Calcutta medical institutions reports 1879-81 [i.e.91]
Year: 1879
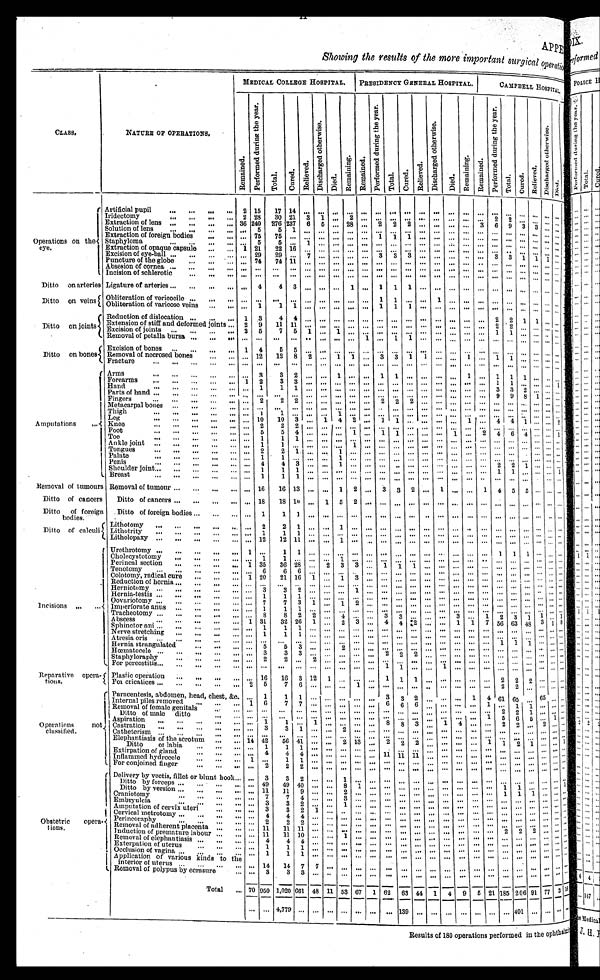
APPE
Showing the results of the more important surgical operatio
CLASS.
NATURE OF OPERATIONS.
MEDICAL COLLEGE HOSPITAL.
PRESIDENCY GENERAL HOSPITAL.
CAMPBELL HOSPITAL.
R e ma i n e d .
P e r f o r m e d d u r i n g t h e y e a r .
T o t a l . Cu r e d .
Rel i eved.
D i s c h a r g e d o t h e r w i s e .
Died. Remai ni ng. Remai ned.
P e r f o r m d d u r i n g t h e y e a r .
Total.
Cured.
Re l i e v e d .
D i s c h a r g e d o t h e r w i s e .
Di ed.
Remai ni ng. Remai ned.
P e r f o r m e d d u r i n g t h e y e a r .
Total . Cured.
R e l i e v e d .
D i s c h a r g e d o t h e r w i s e .
Died.
O p e r a t i o n s o n t h e e y e .
Artificial pupil
2
1 5
1 7
1 4
. . .
. . .
. . .
. . . . . .
. . .
. . .
. . .
. . .
. . .
. . .
. . .
. . .
. . .
. . . . . . . . . . . .
. . .
Iridectomy
2
2 8
3 0
2 1
3
1
. . .
2 . . .
. . .
. . .
. . .
. . .
. . .
. . .
. . .
. . .
2
2 . . . . . . . . .
. . .
Extraction of lens
3 6
2 4 0
2 7 6
2 3 7
6
5
. . .
2 8 . . .
2
2
2
. . .
. . .
. . .
. . .
3
6
9 3
3 . . .
. . .
Solution of lens
. . .
5
5
1
. . .
. . . . . .
. . . . . .
. . .
. . .
. . .
. . .
. . .
. . .
. . .
. . . . . .
. . . . . . . . . . . . . . .
Extraction of foreign bodies
. . .
7 5
7 5 . . .
. . .
. . . . . .
. . . . . .
1
1
1
. . .
. . .
. . .
. . .
. . . . . .
. . . . . . . . . . . . . . .
Staphyloma
. . .
5
5
. . .
1
. . . . . .
. . . . . .
. . .
. . .
. . .
. . .
. . .
. . .
. . .
. . . . . .
. . . . . . . . . . . . . . .
Extraction of opaque capsule
1
2 1
2 2 1 6
. . . . . .
. . .
. . . . . .
. . .
. . .
. . .
. . .
. . .
. . .
. . .
. . .
. . .
. . . . . . . . . . . .
. . .
Excision of eye-ball
. . .
2 9
2 9 . . .
7
. . .
. . .
. . . . . .
3
3
3
. . .
. . .
. . .
. . .
. . .
3
3 1
1 1
. . .
Puncture of the globe
. . .
7 4
7 4 1 1
. . .
. . . . . .
. . . . . .
. . .
. . .
. . .
. . .
. . .
. . .
. . .
. . . . . .
. . . . . . . . . . . . . . .
Absesion of cornea
. . .
. . .
. . .
. . .
. . . . . .
. . .
. . . . . .
. . .
. . .
. . .
. . .
. . .
. . .
. . .
. . .
. . .
. . . . . . . . . . . . . . .
Incision of schlerotic
. . .
. . .
. . . . . .
. . .
. . . . . .
. . . . . .
. . .
. . .
. . .
. . .
. . .
. . .
. . .
. . . . . .
. . . . . . . . . . . . . . .
Ditto on arteries Ligature of arteries
. . .
4
4
3
. . .
. . . . . .
1 . . .
1
1
1
. . .
. . .
. . .
. . .
. . . . . .
. . . . . . . . . . . . . . .
Ditto on veins Obliteration of vericocile
. . .
. . .
. . . . . .
. . .
. . . . . .
. . . . . . 1
1
. . .
. . .
1
. . .
. . .
. . . . . .
. . . . . . . . . . . . . . .
Obliteration of varicose veins
. . .
1
1
1
. . .
. . . . . .
. . . . . .
1
1
1
. . .
. . .
. . .
. . .
. . . . . .
. . . . . . . . . . . . . . .
Ditto on joints
Reduction of dislocation
1
3
4
4
. . .
. . . . . .
. . . . . .
. . .
. . .
. . .
. . . . . .
. . .
. . .
. . . 2
2 1 1
. . . . . .
Extensionof stiff and deformed joints
2
9
1 1 1 1
. . .
. . . . . .
. . . . . .
. . .
. . .
. . .
. . .
. . .
. . .
. . .
. . . 2
2 . . . . . . . . . . . .
Excision of joints
2
5
7
5
1
. . . 1
. . . . . .
. . .
. . .
. . .
. . .
. . .
. . .
. . .
. . . 1
1 . . . . . . . . . . . .
Removal of petalla bursa
. . .
. . .
. . .
. . .
. . .
. . . . . .
. . . 1
. . .
1 1
. . .
. . . . . .
. . .
. . . . . .
. . . . . . . . . . . . . . .
Ditto on bones
Excision of bones
1
4
5
5
. . .
. . . . . .
. . . . . .
. . .
. . .
. . .
. . .
. . .
. . .
. . .
. . . . . .
. . . . . . . . . . . . . . .
Removal of necrosed bones
. . .
1 2
1 2 8 2
. . . 1
1 . . . 3
3 1
1
. . .
. . .
1
. . . 1
1 . . . . . . . . .
. . .
Fracture
. . .
. . .
. . . . . . . . .
. . . . . .
. . . . . .
. . .
. . .
. . .
. . .
. . .
. . .
. . .
. . . . . .
. . . . . . . . . . . . . . .
Amputations
Arms
. . .
3
3
2
. . .
. . . 1
. . . . . . 1
1
. . .
. . . . . .
. . .
1
. . . 1 1
1
. . . . . . . . .
.Forearms
1
2
3
3
. . .
. . . . . .
. . . . . .
. . .
. . .
. . .
. . .
. . .
. . .
. . .
. . . 1
1 . . . . . . . . . 1
Hand
. . .
1
1
1
. . .
. . . . . .
. . . . . .
. . .
. . .
. . .
. . .
. . .
. . .
. . .
. . . 3
3 2
. . . . . .
. . .
Parts of hand
. . .
. . .
. . . . . .
. . .
. . . . . .
. . . . . .
. . .
. . .
. . .
. . .
. . .
. . .
. . .
. . . 9
9 8
1 . . . . . .
Fingers
. . .
2
2
2
. . .
. . . . . .
. . . . . .
2
2
2
. . .
. . .
. . .
. . .
. . . . . .
. . . . . . . . . . . . . . .
M e t a c a r p a l b o n e s
. . .
. . .
. . . . . .
. . .
. . . . . .
. . . . . .
. . .
. . .
. . .
. . .
. . .
. . .
. . .
. . . . . .
. . . . . . . . . . . . . . .
Thi gh
. . .
1
1
. . .
. . .
. . . 1
. . . . . .
. . .
. . .
. . .
. . .
. . .
. . .
. . .
. . . . . .
. . . . . .
. . . . . .
. . .
L e g
. . .
1 0
1 0 3
. . .
1 4
2 . . .
1
1
. . .
. . .
. . .
. . .
1
. . . 4 4
1
. . . . . .
2
knee
. . .
2
2 2
. . .
. . . . . . . . .
. . .
. . .
. . .
. . .
. . .
. . .
. . .
. . .
. . . . . .
. . . . . .
. . . . . .
. . .
F o o t
. . . 5 5
4 . . .
. . . . . . 1
. . .
1
1
. . .
. . .
. . .
1
. . .
2
4
6 4
. . . . . . 1
T o e
. . . 1 1
1 . . .
. . . . . . . . .
. . .
. . .
. . .
. . .
. . .
. . .
. . .
. . .
. . . . . .
. . . . . .
. . . . . . . . .
Ankle joint
. . . 1 1
. . .
. . .
. . . . . . 1
. . .
. . .
. . .
. . .
. . .
. . .
. . .
. . .
. . . . . . . . . . . .
. . . . . . . . .
Tongues
. . . 2 2
1
. . .
. . .
1 . . .
. . .
. . .
. . .
. . .
. . .
. . .
. . .
. . .
. . . . . . . . . . . .
. . . . . . . . .
Pal ate
. . . 1 1
. . . . . .
. . . 1 . . .
. . .
. . .
. . .
. . .
. . . . . .
. . .
. . . . . .
. . . . . . . . .
. . . . . .
. . .
Penis
. . . 4
4
3
. . .
. . . 1
. . . . . . . . .
. . .
. . .
. . .
. . .
. . .
. . . . . .
2
2 1 . . . . . .
. . .
Shoulder joint
. . . 1 1
1 . . .
. . . . . .
. . . . . .
. . . . . .
. . .
. . .
. . .
. . .
. . .
. . . 1
1 . . .
. . . . . . 1
Breast
. . . 1
1
1
. . .
. . . . . .
. . . . . .
. . . . . .
. . .
. . .
. . .
. . . . . .
. . .
. . . . . . . . .
. . .
. . .
. . .
Removal of tumours
Removal of tumour
. . .
1 6
1 6 1 3
. . .
. . . 1
2
. . .
3
3 2
. . .
1
. . . . . .
1 4
5 5
. . . . . .
. . .
Ditto of cancers
Ditto of cancers
. . .
1 8
1 8 1 0 . . .
1 5
2
. . .
. . .
. . .
. . .
. . .
. . .
. . . . . .
. . . . . .
. . . . . .
. . . . . .
. . .
Ditto of foreign bodies.
Ditto of foreign bodies
. . .
1
1
1 . . .
. . . . . .
. . .
. . .
. . .
. . .
. . .
. . .
. . .
. . . . . .
. . . . . .
. . . . . .
. . . . . . . . .
Ditto of calculi
Lithotomy
. . . 2
2
1 . . .
. . . 1
. . .
. . .
. . .
. . .
. . .
. . .
. . .
. . . . . .
. . . . . .
. . . . . .
. . . . . . . . .
Li thotri ty
. . . 1
1
1
. . .
. . . . . .
. . .
. . .
. . .
. . .
. . .
. . .
. . .
. . . . . .
. . . . . .
. . . . . .
. . . . . . . . .
Litholopaxy
. . .
1 2
1 2 1 1 . . .
. . . 1
. . .
. . . . . .
. . .
. . .
. . .
. . .
. . . . . .
. . . . . . . . . . . .
. . . . . .
. . .
Incisions
Urethrotomy
1
. . .
1
1 . . .
. . . . . .
. . .
. . .
. . .
. . .
. . .
. . .
. . .
. . . . . .
. . . 1
1 1
. . . . . .
. . .
Cholecystotomy
. . . 1
1
. . . . . .
. . . 1
. . .
. . .
. . .
. . .
. . .
. . .
. . .
. . . . . .
. . . . . .
. . . . . .
. . . . . .
. . .
Perineal section
1
3 5 3 6
2 8 . . .
2
3
3
. . .
1
1
1
. . .
. . . . . .
. . .
. . .
. . . . . .
. . . . . . . . .
. . .
Tenot omy
. . . 6
6
6 . . .
. . . . . . . . .
. . .
. . .
. . .
. . .
. . .
. . .
. . . . . .
. . . . . .
. . . . . . . . . . . .
. . .
Colotomy, radical cure
1
2 0 2 1
1 6 1
. . .
1 3
. . .
. . .
. . .
. . .
. . .
. . .
. . . . . .
. . . . . .
. . . . . . . . . . . .
. . .
Reduction of hernia
. . . . . .
. . . . . . . . .
. . .
. . . . . .
. . .
. . .
. . .
. . .
. . .
. . .
. . . . . .
. . . . . .
. . .
. . .
. . . . . . . . .
Herniotomy
. . .
3 3
2 . . .
. . . . . . 1
. . .
. . .
. . . . . .
. . .
. . . . . .
. . .
. . . . . .
. . .
. . .
. . . . . .
. . .
Hernia-testis
. . . 1
1
1 . . .
. . . . . . . . .
. . .
. . .
. . .
. . .
. . .
. . .
. . . . . .
. . . . . .
. . . . . . . . . . . .
. . .
Oovariotomy
. . . 7
7
3 1
. . .
1 2
. . .
. . .
. . . . . .
. . .
. . .
. . . . . .
. . . . . .
. . .
. . .
. . . . . .
. . .
Imperforate anus
. . . 1 1
1
. . .
. . . . . . . . .
. . .
. . .
. . .
. . .
. . .
. . .
. . . . . .
. . . . . .
. . . . . . . . . . . .
. . .
Tracheotomy
. . . 8
8
2
2
. . .
4
. . .
. . .
3
3
. . .
. . .
. . . 3
. . .
1
2 3
1
1 . . .
1
A b s c e s s
1 3 1
3 2
2 6
1
. . .
2
3
. . .
4
4
2
. . .
. . . 1
1
7
5 6
6 3
4 8 3 1
8
Sphinctor ani
. . .
1
1
1
. . .
. . . . . .
. . . . . .
. . .
. . .
. . .
. . .
. . . . . .
. . .
. . .
. . .
. . .
. . .
. . . . . .
. . .
Nerve stretching
. . . 1
1
1 . . .
. . . . . .
. . . . . .
. . .
. . .
. . .
. . .
. . .
. . . . . .
. . . . . .
. . . . . . . . . . . .
. . .
Atresia oris
. . . . . .
. . . . . . . . .
. . . . . .
. . . . . .
. . .
. . .
. . .
. . .
. . .
. . . . . .
. . . 1
1 1
. . . . . .
. . .
Hernia strangulated
. . . 5
5
3 . . .
. . . 2
. . . . . .
. . .
. . .
. . .
. . .
. . .
. . . . . .
. . . . . . . . .
. . . . . . . . .
. . .
Hœmatocele
. . . 3
3
3
. . .
. . .
. . .
. . .
. . .
2
2
2
. . .
. . .
. . . . . .
. . . . . .
. . . . . . . . . . . .
. . .
Staphyloraphy
. . . 2
2
. . .
2
. . . . . .
. . . . . .
. . .
. . .
. . .
. . .
. . .
. . . . . .
. . . . . .
. . . . . . . . . . . .
. . .
For pereostitis
. . . . . .
. . . . . .
. . .
. . . . . .
. . . . . .
1
1
. . .
. . .
1
. . . . . .
. . . . . .
. . . . . . . . . . . . . . .
Reparative operations.
Plastic operation
. . . 1 6
1 6
3
1 2
1
. . .
. . . . . .
1
1
1
. . .
. . .
. . .
. . .
. . .
2
2
2
. . . . . .
. . .
Fol cricatices
2 5
7
6
. . .
. . . . . .
1
. . .
. . .
. . .
. . .
. . .
. . .
. . .
. . .
. . . 2
2 . . . . . . . . . . . .
Oper at i ons not cl assi f i ed.
Paracentesis, abdomen, head, chest, &c.
. . . 1
1
1
. . .
. . .
. . .
. . . . . .
3
3
2
. . .
. . .
. . .
1
4
6 1
6 5 . . . 6 5 . . .
. . .
Internal piles removed
1 6
7
7
. . .
. . . . . .
. . . . . .
6
6
6
. . .
. . .
. . .
. . .
1
. . .
1 1
. . . . . .
. . .
Removal of female genitals
. . . . . .
. . . . . .
. . .
. . . . . .
. . . . . .
. . .
. . .
. . .
. . .
. . .
. . .
. . .
. . . 2
2 1
. . . . . .
. . .
Ditto of male ditto
. . . . . .
. . . . . .
. . .
. . . . . .
. . . . . .
. . .
. . .
. . .
. . .
. . .
. . .
. . . 1
5
6 5
. . . 1
. . .
Aspiration
. . . 1
1
. . .
1
. . . . . .
. . . . . .
8
8
3
. . .
1
4
. .
. . . 2
2 . . . 2 . . .
. . .
Castration
. . . 3
3
1
. . .
. . . 2
. . . . . .
. . .
. . .
. . .
. . .
. . .
. . .
. . .
. . . . . .
. . . . . . . . . . . .
. . .
Catheterism
. . . . . .
. . . . . .
. . .
. . . . . .
. . . . . .
. . .
. . .
. . . . . .
. . .
. . .
. . . . . .
. . .
. . . . . . . . . . . .
. . .
Elephantiasis of the scrotum
1 4
4 2
5 6
4 1
. . .
. . . 2
1 3 . . .
2
2
2
. . .
. . .
. . .
. . .
1 1
2 1
. . . . . .
1
Ditto or labia
. . .
1 1
1
. . .
. . . . . .
. . . . . .
. . .
. . .
. . .
. . .
. . .
. . .
. . .
. . . . . .
. . . . . . . . . . . .
. . .
Exti rpati on of gl and
. . .
4
4
4
. . .
. . . . . .
. . . . . .
1 1 1 1
1 1 . . .
. . .
. . .
. . .
. . .
. . .
. . . . . . . . . . . .
. . .
Inflammed hydrocele
1
. . .
1
1
. . .
. . . . . .
. . . . . .
. . .
. . .
. . .
. . .
. . .
. . .
. . .
. . . . . .
. . . . . . . . . . . .
. . .
F o r c o n j o i n e d f i n g e r
. . .
2 2
2
. . .
. . . . . .
. . . . . .
. . .
. . .
. . .
. . .
. . .
. . .
. . .
. . . . . .
. . . . . . . . . . . .
. . .
Obstetric operations.
Delivery by vectis, fillet or blunt hook
. . .
3
3
2
. . .
. . . 1
. . . . . .
. . .
. . .
. . .
. . .
. . .
. . .
. . .
. . . . . .
. . . . . . . . . . . .
. . .
Ditto by forceps
. . .
4 9
4 9
4 0
. . .
. . . 8
1 . . . . . .
. . .
. . .
. . .
. . .
. . .
. . .
. . . 1
1 . . . . . .
. . .
1
Ditto by version
. . .
1 1
1 1
9
. . .
. . . 2
. . . . . .
. . .
. . .
. . .
. . .
. . .
. . .
. . .
. . . 1
1 1 . . . . . .
. . .
Craniotomy
. . .
7
7
4
. . .
. . . 3
. . . . . .
. . .
. . .
. . .
. . .
. . .
. . .
. . .
. . . . . .
. . . . . . . . . . . .
. . .
Embryulcia
. . .
3
3
2
. . .
. . . 1
. . . . . .
. . .
. . .
. . .
. . .
. . .
. . .
. . .
. . . . . .
. . . . . . . . . . . .
. . .
Amputation of cervix uteri
. . .
3
3
2
1
. . . . . .
. . . . . .
. . .
. . .
. . .
. . .
. . .
. . .
. . .
. . . . . .
. . . . . . . . . . . . . . .
Cervical metrotomy
. . .
4
4
4
. . .
. . . . . .
. . . . . .
. . .
. . .
. . .
. . .
. . .
. . .
. . .
. . . . . .
. . . . . . . . . . . . . . .
Perineoraph
. . .
2
2
2
. . .
. . . . . .
. . . . . .
. . .
. . .
. . .
. . . . . .
. . .
. . .
. . . . . .
. . . . . . . . . . . . . . .
R e m o v a l o f a d h e r e n t p l a c e n t a
. . .
1 1
1 1
1 1
. . .
. . . . . .
. . . . . .
. . .
. . .
. . . . . .
. . .
. . .
. . .
. . . 2
2 2
. . . . . .
. . .
Induction of premature labour
. . . 1 1
1 1 1 0
. . .
. . . 1
. . . . . .
. . .
. . .
. . .
. . .
. . .
. . .
. . .
. . . . . .
. . . . . .
. . . . . .
. . .
Removal of elephantiasis
. . .
4
4
4
. . .
. . . . . .
. . . . . .
. . .
. . .
. . .
. . .
. . .
. . .
. . .
. . . . . .
. . . . . .
. . . . . .
. . .
Exterpation of uterus
. . .
1
1
1
. . .
. . . . . .
. . . . . .
. . .
. . .
. . .
. . .
. . .
. . .
. . .
. . . . . .
. . . . . .
. . . . . .
. . .
Occlusion of vagina
. . .
1
1
1
. . .
. . . . . .
. . . . . .
. . .
. . .
. . .
. . .
. . .
. . .
. . .
. . . . . .
. . . . . .
. . . . . .
. . .
application of various kinds to the interior of uterus
. . .
1 4
1 4
7
7
. . . . . .
. . . . . .
. . .
. . . . . .
. . .
. . .
. . .
. . .
. . . . . .
. . . . . .
. . . . . .
. . .
Removal of polypus by ecrasure
. . .
3
3
3
. . .
. . . . . .
. . .
. . .
. . .
. . .
. . .
. . .
. . .
. . .
. . .
. . . . . .
. . . . . .
. . . . . .
. . .
T o t a l
7 0
9 5 0
1 , 0 2 0
6 6 1
4 8
1 1 5 3
6 7 1 6 2
6 3
4 4 1
4
9
5
2 1
1 8 5
2 0 6
9 1
7 7 3
1 6
. . .
. . .
4 , 7 7 9
. . .
. . .
. . . . . . . . .
. . . . . .
1 3 9
. . .
. . . . . .
. . .
. . .
. . .
. . .
4 0 1 . . .
. . .
. . .
. . .
Results of 180 operations performed in the opthalmic